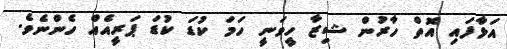
އަޅާފައި އޮތް ހާރުން ޝިޒާ ހީވަނީ ހަމަ ކުޑަ ކުޑަ ޕަރީއެއް ހެންނެވެ.